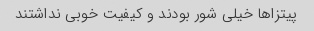
پیتزاها خیلی شور بودند و کیفیت خوبی نداشتند